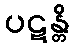
ပဋန္တိ